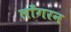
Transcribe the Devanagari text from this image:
लाँगरन